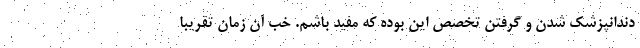
دندانپزشک شدن و گرفتن تخصص این بوده که مفید باشم. خب آن زمان تقریبا